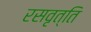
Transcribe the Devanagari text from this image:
रसवृत्ति